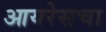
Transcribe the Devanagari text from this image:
आयरेसचा